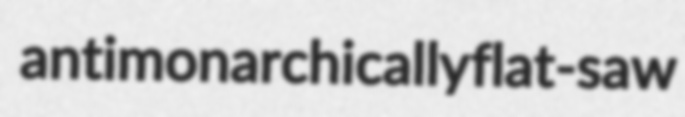
antimonarchically flat-saw